system: You are a helpful assistant.
user:
Analyze the provided spectrum to determine if it is a **M-type Giant (gM)**.

A M-type Giant spectrum is defined by its **strong molecular absorption** features, particularly from **Titanium Oxide (TiO)**. You must check for one of the following mutually exclusive signatures:

- **Key Visual Indicators (Absorption-Dominated Spectrum):**

    - **(Primary):** The spectrum is dominated by strong molecular absorption from **Titanium Oxide (TiO)**. This is the **defining feature** of its M-type temperature class.
        - **(Key Bandheads):** Look for sharp, "saw-tooth" absorption valleys. The strongest are located near **~7050 Å**, **~6160 Å**, and **~5170 Å**.
        - **(Line Profile):** The "saw-tooth" morphology is critical: a **sharp, steep drop on the BLUE (short-wavelength) side** of the bandhead, followed by a gradual recovery (rising flux) towards the RED (long-wavelength) side.

    - **(Key Confirmation - Giant vs. Dwarf):** **ABSENCE** of strong **Calcium Hydride (CaH)** molecular bands. This is the primary diagnostic for *excluding* M-dwarfs.
        - **(Key Region):** The spectrum should lack the strong, broad absorption band seen in dwarfs between **~6800 Å and ~7000 Å**.

    - **(Secondary Confirmation - Giant):** A very strong and broad **Neutral Calcium (Ca I)** atomic absorption line.
        - **(Key Line):** Located at **~4226 Å**. In a giant (gM), this line is significantly deeper and broader than the same line in an M-dwarf (dM) due to low surface gravity.

    - **(Overall Spectrum):**
        - The continuum is **extremely red-sloping** (i.e., flux is very low in the blue and rises dramatically towards the red).
        - The entire spectrum appears "chopped up" by the deep TiO bands.

Think first, call **spectral_visualization_tool** if needed to examine features in detail, then provide your final answer. Your response must adhere to the following strict rules:
1.  **Overall Structure:** Your response must follow the format `<think>...</think> <tool_call>...</tool_call> (if a tool is used) <answer>...</answer>`.
2.  **Tool Usage Constraint:** You may only make **one** tool call per turn.
3.  **Final Answer Format:** In the `<answer>` tag, your conclusion must be inside a `\boxed{}` command (e.g., `\boxed{YES}` or `\boxed{NO}`), followed by your justification.

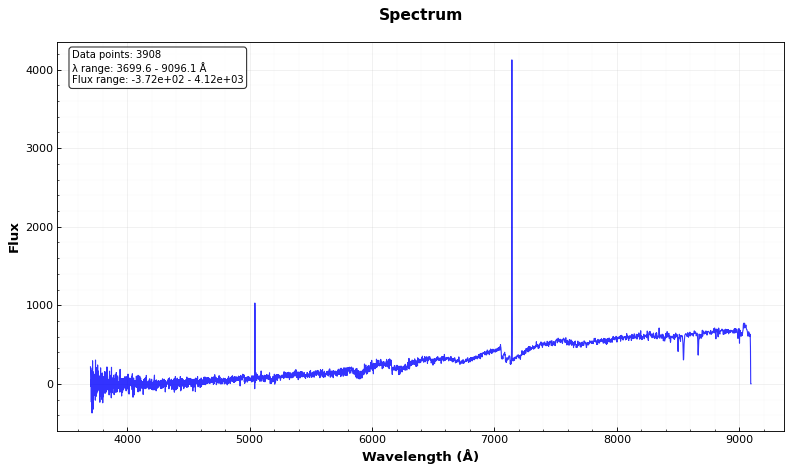
Answer: YES